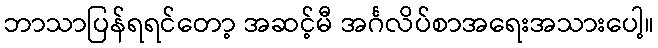
ဘာသာပြန်ရရင်တော့ အဆင့်မီ အင်္ဂလိပ်စာအရေးအသားပေါ့။